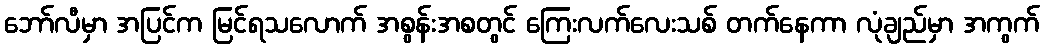
ဘော်လီမှာ အပြင်က မြင်ရသလောက် အစွန်းအစတွင် ကြေးလက်လေးသစ် တက်နေကာ လုံချည်မှာ အကွက်